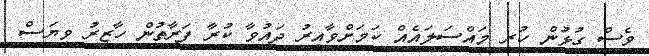
ވެސް ގުޅުން ހުރި މައްސަލައެއް ކަމަށްވާއިރު ދައުވާ ކުރާ ފަރާތުން ހާޒިރު ވިޔަސް